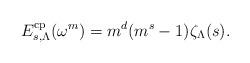
LaTeX: \begin{align*} E_{s,\Lambda}^{\rm cp}(\omega^m)=m^d(m^s-1)\zeta_\Lambda(s).\end{align*}